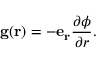
\mathbf { g } ( \mathbf { r } ) = - \mathbf { e _ { r } } { \frac { \partial \phi } { \partial r } } .